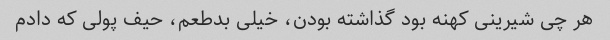
هر چی شیرینی کهنه بود گذاشته بودن، خیلی بدطعم، حیف پولی که دادم